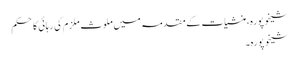
شیخوپورہ، منشیات کے مقدمہ میں ملوث ملزم کی رہائی کا حکم
شیخوپورہ۔